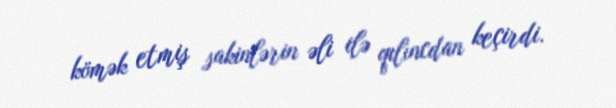
kömək etmiş sakinlərin əli ilə qılıncdan keçirdi.